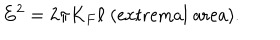
E ^ { 2 } = 2 \pi K _ { F } \ell \; \mathrm { ( e x t r e m a l \; a r e a ) } .